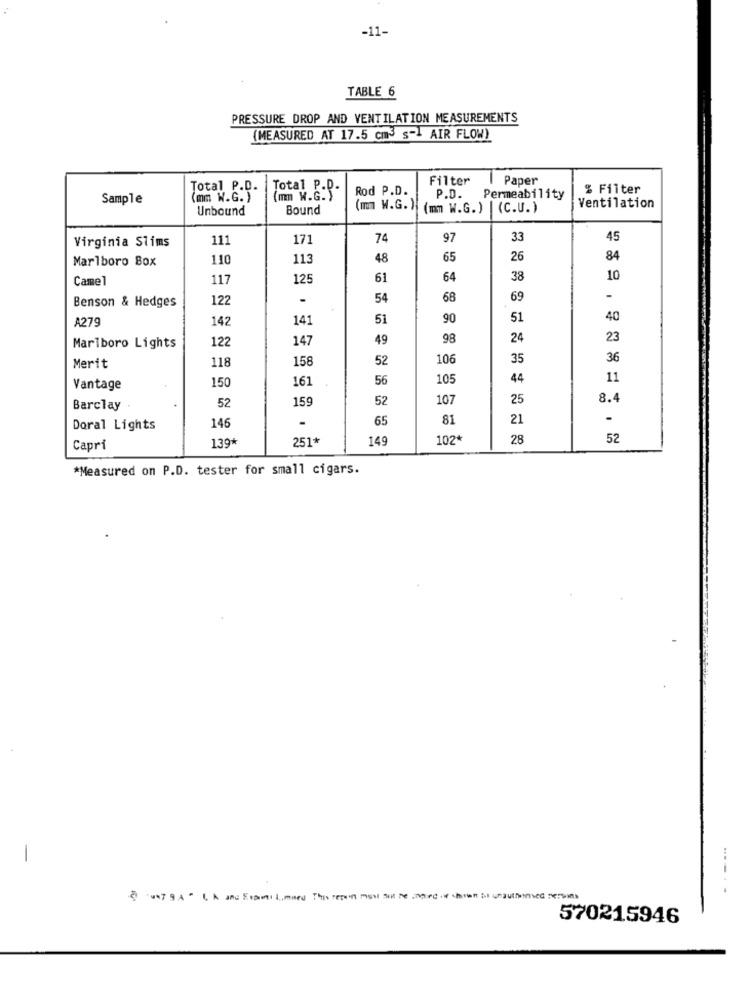
-11-
TABLE 6
PRESSURE DROP AND VENTILATION MEASUREMENTS
(MEASURED AT 17.5 cm3 s-] AIR FLOW)
Filter
Paper
Total P.D.
Total P.D.
Rod P.D.
% Filter
Sample
(mm W.G. )
(mm W.G. )
P.D.
Permeability
Unbound
Bound
(mm W.G. )
(mm W.G. ) | (C.U. )
Ventilation
Virginia Slims
111
171
74
97
33
45
Marlboro Box
110
113
48
65
26
84
Camel
117
125
61
64
38
10
Benson & Hedges
122
.
54
68
69
-
A279
142
141
51
90
51
40
122
147
49
98
24
23
Marlboro Lights
118
158
52
106
35
36
Merit
150
161
56
105
44
11
Vantage
159
52
107
25
8.4
Barclay
52
.
65
81
21
Doral Lights
146
139*
251*
149
102*
28
52
Capri
*Measured on P.D. tester for small cigars.
---. .
@ WYBA " LA and Sommeil,med This report misel sol De noord of chien is unauthmed reses
570215946